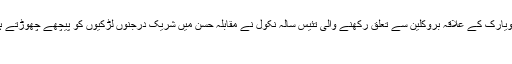
تفصیلات کے مطابق امریکی شہر نیویارک کے علاقہ بروکلین سے تعلق رکھنے والی تئیس سالہ نکول نے مقابلہ حسن میں شریک درجنوں لڑکیوں کو پیچھے چھوڑتے ہوئے رننر اپ ہونے کا اعزاز حاصل
کر لیا ۔